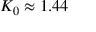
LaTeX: K _ { 0 } \approx 1 . 4 4